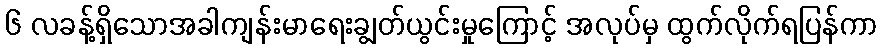
၆ လခန့်ရှိသောအခါကျန်းမာရေးချွတ်ယွင်းမှုကြောင့် အလုပ်မှ ထွက်လိုက်ရပြန်ကာ